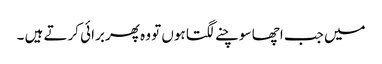
میں جب اچھا سوچنے لگتا ہوں تو وہ پھر برائی کرتے ہیں ۔